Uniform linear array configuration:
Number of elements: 24
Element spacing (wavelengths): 0.5
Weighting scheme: kaiser
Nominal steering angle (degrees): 30
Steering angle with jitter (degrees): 28.368
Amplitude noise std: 0.05
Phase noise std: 0.05

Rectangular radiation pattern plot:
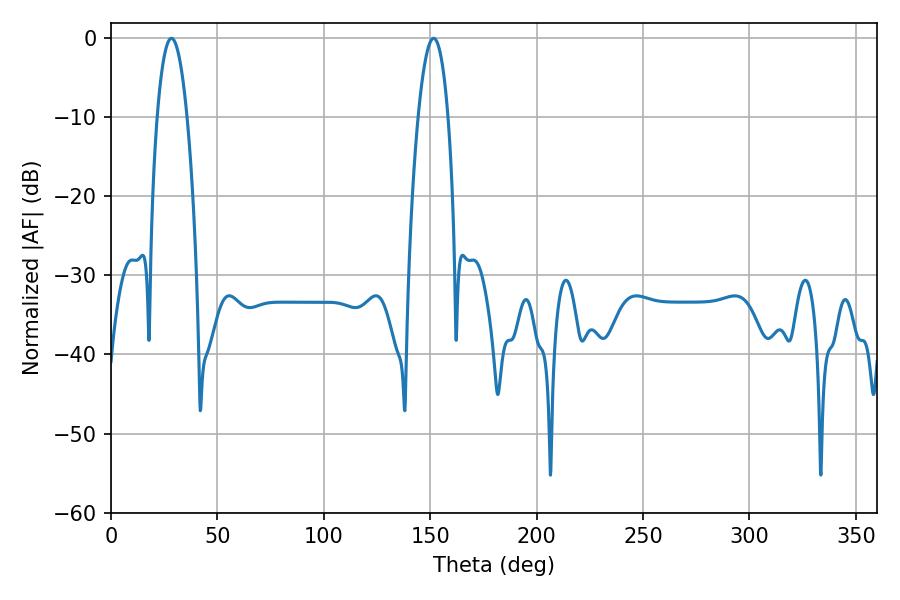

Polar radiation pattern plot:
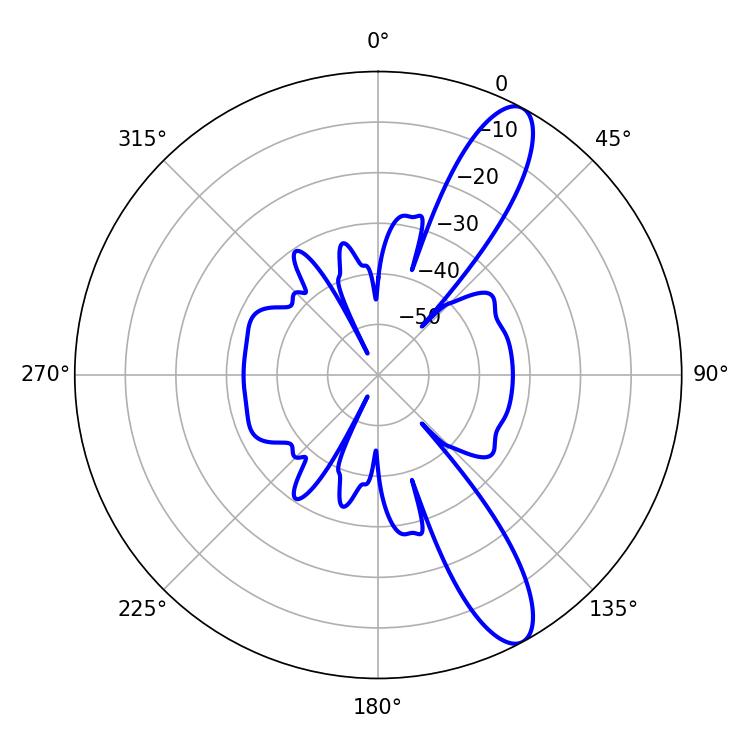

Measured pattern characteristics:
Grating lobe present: FALSE
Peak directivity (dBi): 11.581
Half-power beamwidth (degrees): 7.74
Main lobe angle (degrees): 151.56